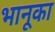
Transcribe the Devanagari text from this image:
भानूका